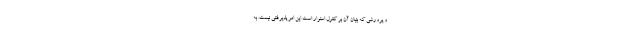
و پرورشی که بنیان آن بر کنترل استوار است این امر پذیرفتنی نیست. به